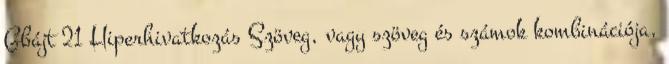
Gbájt 21 Hiperhivatkozás Szöveg, vagy szöveg és számok kombinációja,